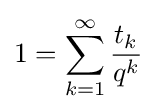
1=\sum _{k=1}^{\infty }{\frac {t_{k}}{q^{k}}}